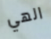
الهي